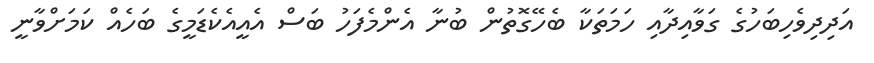
އަދިދިވެހިބަހުގެ ގަވާއިދާއި ހަމަތަކާ ބެހޭގޮތުން ބުނާ އެންމެފަހު ބަސް އެއީއެކެޑަމީގެ ބަހެއް ކަމަށްވާނީ